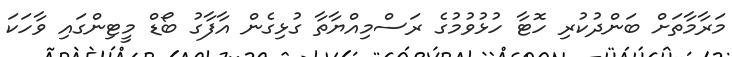
މަރާމާތަށް ބަންދުކުރި ހޮޓާ ހުޅުވުމުގެ ރަސްމިއްޔާތާ ގުޅިގެން އާފާގު ބޯޑް މީޓިންގައި ވާހަކަ